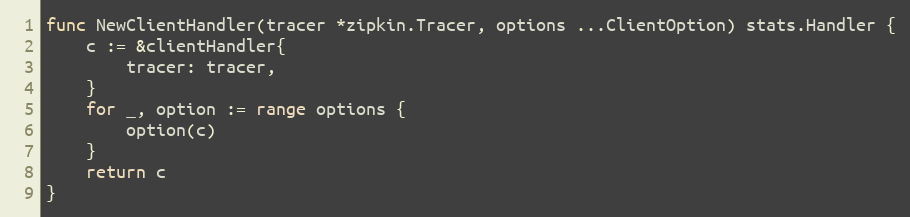
Language: Go
func NewClientHandler(tracer *zipkin.Tracer, options ...ClientOption) stats.Handler {
	c := &clientHandler{
		tracer: tracer,
	}
	for _, option := range options {
		option(c)
	}
	return c
}